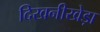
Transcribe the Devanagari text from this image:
दिखनीखेड़ा